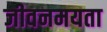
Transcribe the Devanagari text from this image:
जीवनमयता